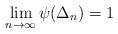
LaTeX: \begin{align*}\lim_{n\to\infty} \psi(\Delta_n)=1\end{align*}